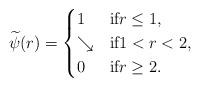
LaTeX: \begin{align*}\widetilde \psi (r) =\begin{cases}1 &\mbox{if}r \leq 1,\\\searrow &\mbox{if}1 < r < 2,\\0 &\mbox{if}r \geq 2.\end{cases}\end{align*}